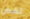
تقص